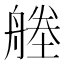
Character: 𦩱